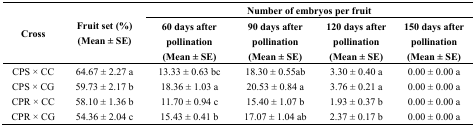
| <ROWSPAN=3> Cross | <ROWSPAN=3> Fruit set (%) (Mean ± SE) | <COLSPAN=4> Number of embryos per fruit |
 | 60 days after pollination (Mean ± SE) | 90 days after pollination (Mean ± SE) | 120 days after pollination (Mean ± SE) | 150 days after pollination (Mean ± SE) |
 | --- | --- | --- | --- | --- | --- |
 | CPS × CC | 64.67 ± 2.27 a | 13.33 ± 0.63 bc | 18.30 ± 0.55ab | 3.30 ± 0.40 a | 0.00 ± 0.00 a |
 | CPS × CG | 59.73 ± 2.17 b | 18.36 ± 1.03 a | 20.53 ± 0.84 a | 3.76 ± 0.21 a | 0.00 ± 0.00 a |
 | CPR × CC | 58.10 ± 1.36 b | 11.70 ± 0.94 c | 15.40 ± 1.07 b | 1.93 ± 0.37 b | 0.00 ± 0.00 a |
 | CPR × CG | 54.36 ± 2.04 c | 15.43 ± 0.41 b | 17.07 ± 1.04 ab | 2.37 ± 0.17 b | 0.00 ± 0.00 a |